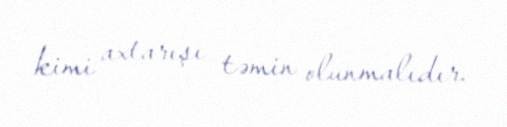
kimi axtarışı təmin olunmalıdır.